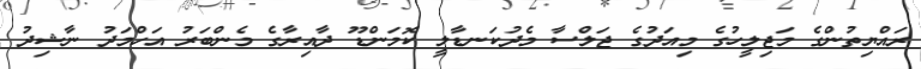
ރައްޔިތުންގެ މަޖިލީހުގެ މިއަދުގެ ޖަލްސާ މެދުކަނޑާލީ ކޮމަންޑޫ ދާއިރާގެ މެންބަރު އަހްމަދު ނާޝިދު